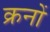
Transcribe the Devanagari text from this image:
क्रनों